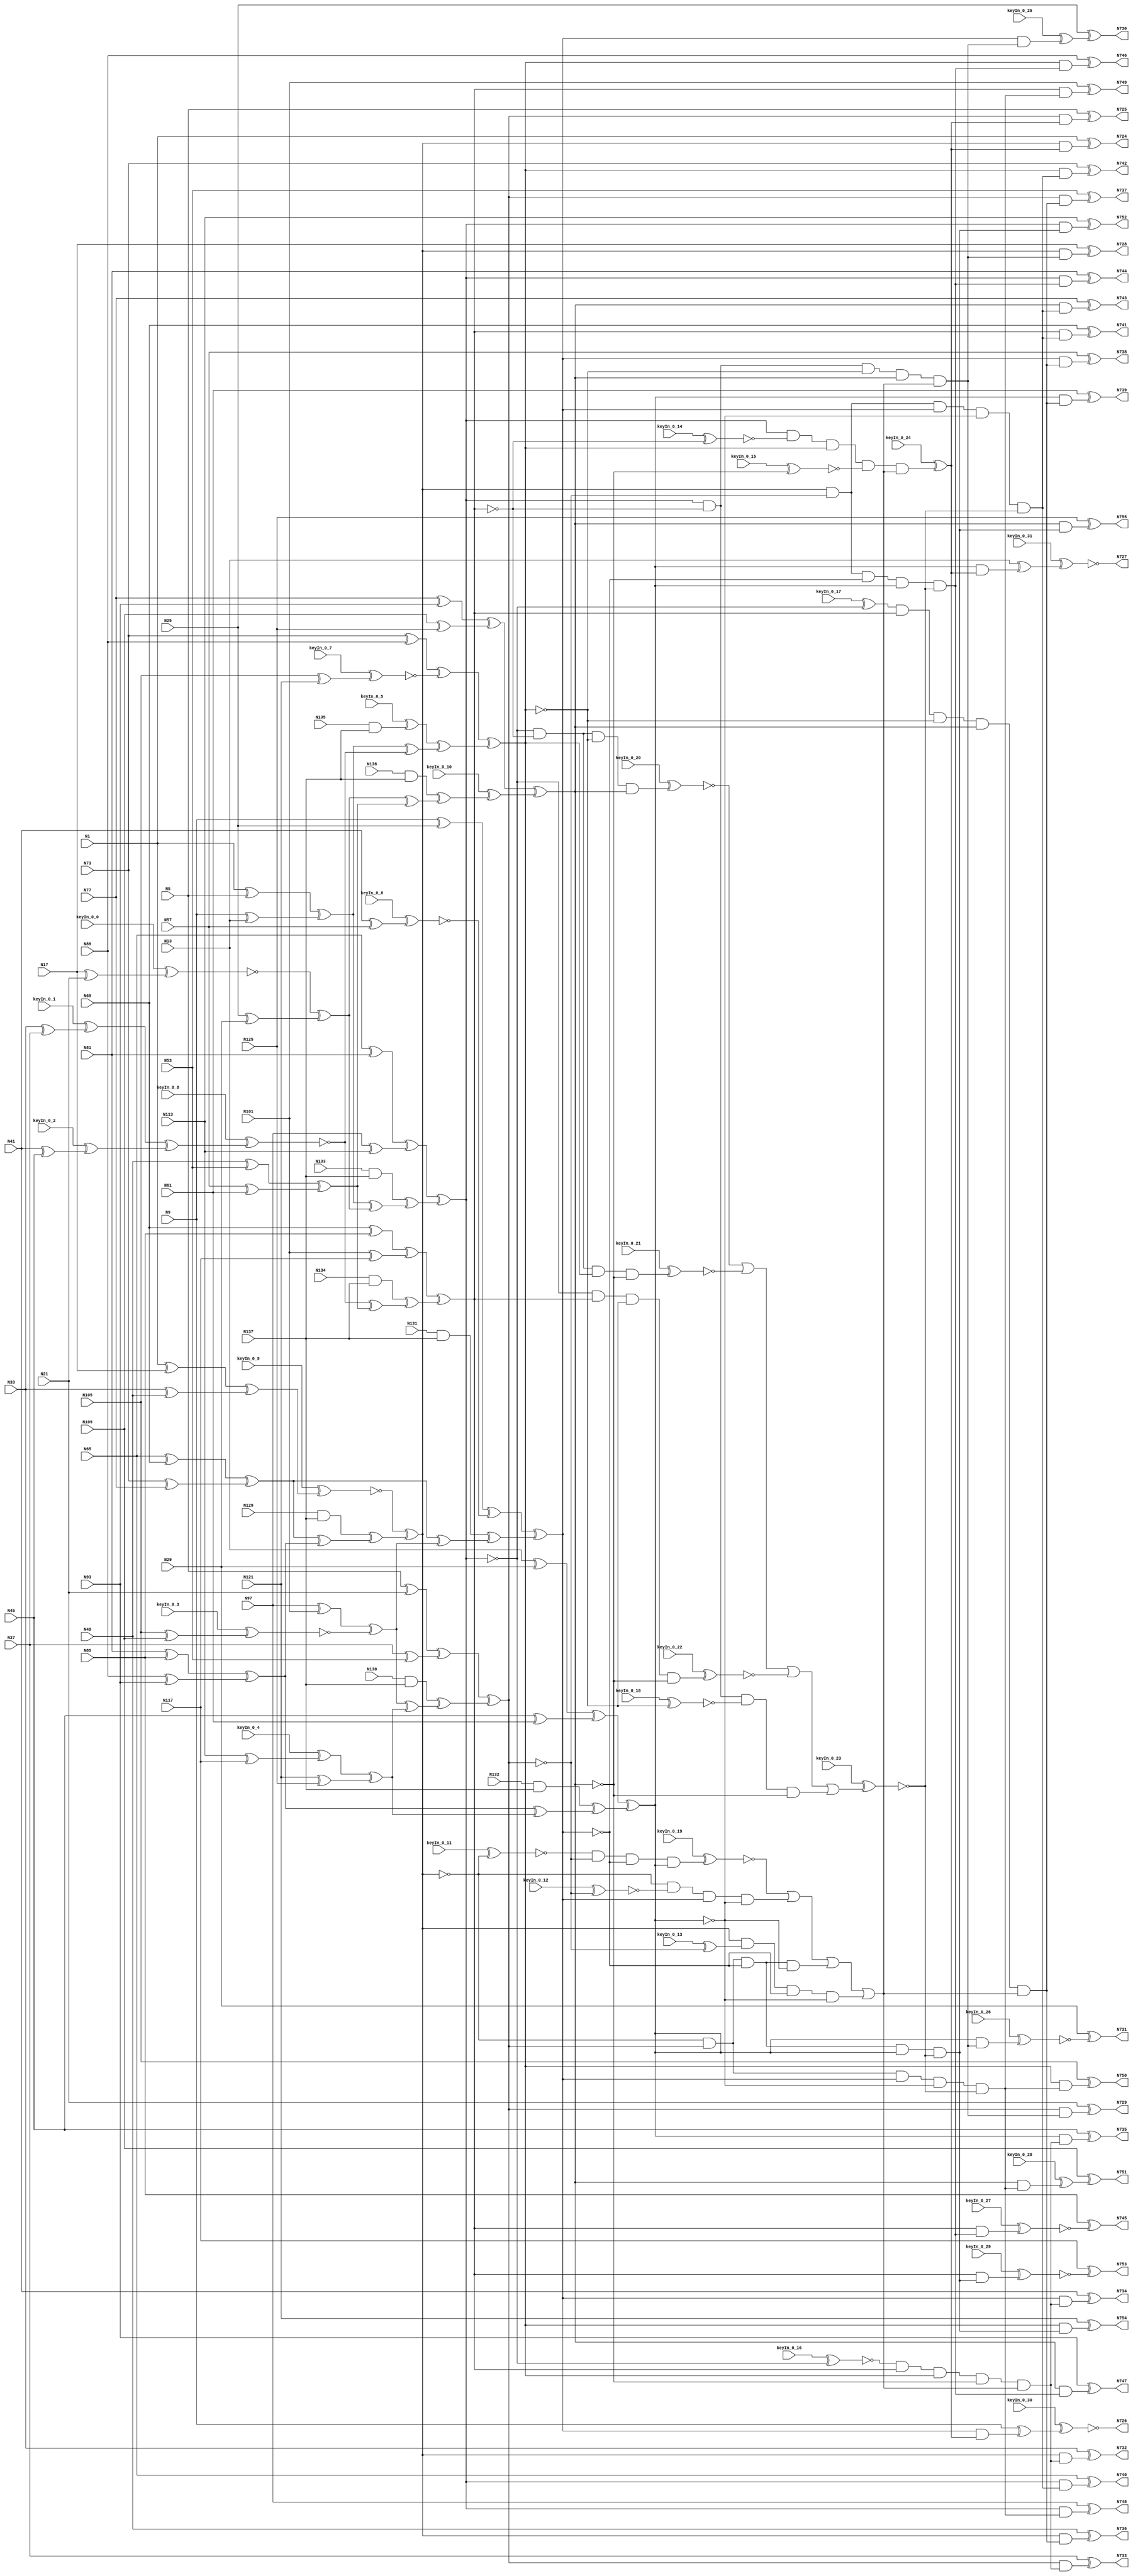
`timescale 1ns / 1ps
// Verilog
// c499
// Ninputs 41
// Noutputs 32
// NtotalGates 202
// XOR2 104
// AND2 40
// NOT1 40
// AND4 8
// OR4 2
// AND5 8

module top (N1,N5,N9,N13,N17,N21,N25,N29,N33,N37,
             N41,N45,N49,N53,N57,N61,N65,N69,N73,N77,
             N81,N85,N89,N93,N97,N101,N105,N109,N113,N117,
             N121,N125,N129,N130,N131,N132,N133,N134,N135,N136,
             N137,N724,N725,N726,N727,N728,N729,N730,N731,N732,
             N733,N734,N735,N736,N737,N738,N739,N740,N741,N742,
             N743,N744,N745,N746,N747,N748,N749,N750,N751,N752,
                  N753,N754,N755,
        keyIn_0_0, keyIn_0_1, keyIn_0_2, keyIn_0_3, keyIn_0_4,
        keyIn_0_5, keyIn_0_6, keyIn_0_7, keyIn_0_8, keyIn_0_9,
        keyIn_0_10, keyIn_0_11, keyIn_0_12, keyIn_0_13, keyIn_0_14,
        keyIn_0_15, keyIn_0_16, keyIn_0_17, keyIn_0_18, keyIn_0_19,
        keyIn_0_20, keyIn_0_21, keyIn_0_22, keyIn_0_23, keyIn_0_24,
        keyIn_0_25, keyIn_0_26, keyIn_0_27, keyIn_0_28, keyIn_0_29,
        keyIn_0_30, keyIn_0_31);

  input keyIn_0_0, keyIn_0_1, keyIn_0_2, keyIn_0_3, keyIn_0_4;
  input keyIn_0_5, keyIn_0_6, keyIn_0_7, keyIn_0_8, keyIn_0_9;
  input keyIn_0_10, keyIn_0_11, keyIn_0_12, keyIn_0_13, keyIn_0_14;
  input keyIn_0_15, keyIn_0_16, keyIn_0_17, keyIn_0_18, keyIn_0_19;
  input keyIn_0_20, keyIn_0_21, keyIn_0_22, keyIn_0_23, keyIn_0_24;
  input keyIn_0_25, keyIn_0_26, keyIn_0_27, keyIn_0_28, keyIn_0_29;
  input keyIn_0_30, keyIn_0_31;

  wire [0:31] KeyWire_0;
  wire [0:21] KeyNOTWire_0;

input N1,N5,N9,N13,N17,N21,N25,N29,N33,N37,
      N41,N45,N49,N53,N57,N61,N65,N69,N73,N77,
      N81,N85,N89,N93,N97,N101,N105,N109,N113,N117,
      N121,N125,N129,N130,N131,N132,N133,N134,N135,N136,
      N137;

output N724,N725,N726,N727,N728,N729,N730,N731,N732,N733,
       N734,N735,N736,N737,N738,N739,N740,N741,N742,N743,
       N744,N745,N746,N747,N748,N749,N750,N751,N752,N753,
       N754,N755;

wire N250,N251,N252,N253,N254,N255,N256,N257,N258,N259,
     N260,N261,N262,N263,N264,N265,N266,N267,N268,N269,
     N270,N271,N272,N273,N274,N275,N276,N277,N278,N279,
     N280,N281,N282,N283,N284,N285,N286,N287,N288,N289,
     N290,N293,N296,N299,N302,N305,N308,N311,N314,N315,
     N316,N317,N318,N319,N320,N321,N338,N339,N340,N341,
     N342,N343,N344,N345,N346,N347,N348,N349,N350,N351,
     N352,N353,N354,N367,N380,N393,N406,N419,N432,N445,
     N554,N555,N556,N557,N558,N559,N560,N561,N562,N563,
     N564,N565,N566,N567,N568,N569,N570,N571,N572,N573,
     N574,N575,N576,N577,N578,N579,N580,N581,N582,N583,
     N584,N585,N586,N587,N588,N589,N590,N591,N592,N593,
     N594,N595,N596,N597,N598,N599,N600,N601,N602,N607,
     N620,N625,N630,N635,N640,N645,N650,N655,N692,N693,
     N694,N695,N696,N697,N698,N699,N700,N701,N702,N703,
     N704,N705,N706,N707,N708,N709,N710,N711,N712,N713,
     N714,N715,N716,N717,N718,N719,N720,N721,N722,N723;

xor XOR2_1 (N250, N1, N5);
xor XOR2_2 (N251, N9, N13);
  xor XOR2_3 (KeyWire_0[0], N17, N21);
  xnor KeyGate_0_0(N252, keyIn_0_0, KeyWire_0[0]);
xor XOR2_4 (N253, N25, N29);
  xor XOR2_5 (KeyWire_0[1], N33, N37);
  xnor KeyGate_0_1(KeyNOTWire_0[0], keyIn_0_1, KeyWire_0[1]);
  not KeyNOTGate_0_0(N254, KeyNOTWire_0[0]);
  xor XOR2_6 (KeyWire_0[2], N41, N45);
  xnor KeyGate_0_2(KeyNOTWire_0[1], keyIn_0_2, KeyWire_0[2]);
  not KeyNOTGate_0_1(N255, KeyNOTWire_0[1]);
xor XOR2_7 (N256, N49, N53);
xor XOR2_8 (N257, N57, N61);
xor XOR2_9 (N258, N65, N69);
xor XOR2_10 (N259, N73, N77);
xor XOR2_11 (N260, N81, N85);
xor XOR2_12 (N261, N89, N93);
xor XOR2_13 (N262, N97, N101);
  xor XOR2_14 (KeyWire_0[3], N105, N109);
  xnor KeyGate_0_3(N263, keyIn_0_3, KeyWire_0[3]);
  xor XOR2_15 (KeyWire_0[4], N113, N117);
  xnor KeyGate_0_4(KeyNOTWire_0[2], keyIn_0_4, KeyWire_0[4]);
  not KeyNOTGate_0_2(N264, KeyNOTWire_0[2]);
xor XOR2_16 (N265, N121, N125);
and AND2_17 (N266, N129, N137);
and AND2_18 (N267, N130, N137);
and AND2_19 (N268, N131, N137);
and AND2_20 (N269, N132, N137);
and AND2_21 (N270, N133, N137);
and AND2_22 (N271, N134, N137);
  and AND2_23 (KeyWire_0[5], N135, N137);
  xnor KeyGate_0_5(KeyNOTWire_0[3], keyIn_0_5, KeyWire_0[5]);
  not KeyNOTGate_0_3(N272, KeyNOTWire_0[3]);
and AND2_24 (N273, N136, N137);
xor XOR2_25 (N274, N1, N17);
xor XOR2_26 (N275, N33, N49);
xor XOR2_27 (N276, N5, N21);
xor XOR2_28 (N277, N37, N53);
xor XOR2_29 (N278, N9, N25);
  xor XOR2_30 (KeyWire_0[6], N41, N57);
  xor KeyGate_0_6(KeyNOTWire_0[4], keyIn_0_6, KeyWire_0[6]);
  not KeyNOTGate_0_4(N279, KeyNOTWire_0[4]);
xor XOR2_31 (N280, N13, N29);
xor XOR2_32 (N281, N45, N61);
xor XOR2_33 (N282, N65, N81);
xor XOR2_34 (N283, N97, N113);
xor XOR2_35 (N284, N69, N85);
xor XOR2_36 (N285, N101, N117);
xor XOR2_37 (N286, N73, N89);
  xor XOR2_38 (KeyWire_0[7], N105, N121);
  xor KeyGate_0_7(KeyNOTWire_0[5], keyIn_0_7, KeyWire_0[7]);
  not KeyNOTGate_0_5(N287, KeyNOTWire_0[5]);
xor XOR2_39 (N288, N77, N93);
xor XOR2_40 (N289, N109, N125);
xor XOR2_41 (N290, N250, N251);
xor XOR2_42 (N293, N252, N253);
  xor XOR2_43 (KeyWire_0[8], N254, N255);
  xor KeyGate_0_8(KeyNOTWire_0[6], keyIn_0_8, KeyWire_0[8]);
  not KeyNOTGate_0_6(N296, KeyNOTWire_0[6]);
xor XOR2_44 (N299, N256, N257);
xor XOR2_45 (N302, N258, N259);
xor XOR2_46 (N305, N260, N261);
xor XOR2_47 (N308, N262, N263);
xor XOR2_48 (N311, N264, N265);
  xor XOR2_49 (KeyWire_0[9], N274, N275);
  xor KeyGate_0_9(KeyNOTWire_0[7], keyIn_0_9, KeyWire_0[9]);
  not KeyNOTGate_0_7(N314, KeyNOTWire_0[7]);
xor XOR2_50 (N315, N276, N277);
xor XOR2_51 (N316, N278, N279);
xor XOR2_52 (N317, N280, N281);
xor XOR2_53 (N318, N282, N283);
xor XOR2_54 (N319, N284, N285);
xor XOR2_55 (N320, N286, N287);
xor XOR2_56 (N321, N288, N289);
xor XOR2_57 (N338, N290, N293);
xor XOR2_58 (N339, N296, N299);
xor XOR2_59 (N340, N290, N296);
xor XOR2_60 (N341, N293, N299);
xor XOR2_61 (N342, N302, N305);
xor XOR2_62 (N343, N308, N311);
xor XOR2_63 (N344, N302, N308);
xor XOR2_64 (N345, N305, N311);
xor XOR2_65 (N346, N266, N342);
xor XOR2_66 (N347, N267, N343);
xor XOR2_67 (N348, N268, N344);
xor XOR2_68 (N349, N269, N345);
xor XOR2_69 (N350, N270, N338);
xor XOR2_70 (N351, N271, N339);
xor XOR2_71 (N352, N272, N340);
  xor XOR2_72 (KeyWire_0[10], N273, N341);
  xor KeyGate_0_10(N353, keyIn_0_10, KeyWire_0[10]);
xor XOR2_73 (N354, N314, N346);
xor XOR2_74 (N367, N315, N347);
xor XOR2_75 (N380, N316, N348);
xor XOR2_76 (N393, N317, N349);
xor XOR2_77 (N406, N318, N350);
xor XOR2_78 (N419, N319, N351);
xor XOR2_79 (N432, N320, N352);
xor XOR2_80 (N445, N321, N353);
  not NOT1_81 (KeyWire_0[11], N354);
  xor KeyGate_0_11(KeyNOTWire_0[8], keyIn_0_11, KeyWire_0[11]);
  not KeyNOTGate_0_8(N554, KeyNOTWire_0[8]);
not NOT1_82 (N555, N367);
not NOT1_83 (N556, N380);
not NOT1_84 (N557, N354);
  not NOT1_85 (KeyWire_0[12], N367);
  xnor KeyGate_0_12(N558, keyIn_0_12, KeyWire_0[12]);
not NOT1_86 (N559, N393);
not NOT1_87 (N560, N354);
not NOT1_88 (N561, N380);
not NOT1_89 (N562, N393);
  not NOT1_90 (KeyWire_0[13], N367);
  xor KeyGate_0_13(N563, keyIn_0_13, KeyWire_0[13]);
not NOT1_91 (N564, N380);
not NOT1_92 (N565, N393);
  not NOT1_93 (KeyWire_0[14], N419);
  xor KeyGate_0_14(KeyNOTWire_0[9], keyIn_0_14, KeyWire_0[14]);
  not KeyNOTGate_0_9(N566, KeyNOTWire_0[9]);
  not NOT1_94 (KeyWire_0[15], N445);
  xnor KeyGate_0_15(N567, keyIn_0_15, KeyWire_0[15]);
not NOT1_95 (N568, N419);
not NOT1_96 (N569, N432);
  not NOT1_97 (KeyWire_0[16], N406);
  xnor KeyGate_0_16(N570, keyIn_0_16, KeyWire_0[16]);
not NOT1_98 (N571, N445);
  not NOT1_99 (KeyWire_0[17], N406);
  xnor KeyGate_0_17(KeyNOTWire_0[10], keyIn_0_17, KeyWire_0[17]);
  not KeyNOTGate_0_10(N572, KeyNOTWire_0[10]);
not NOT1_100 (N573, N432);
not NOT1_101 (N574, N406);
not NOT1_102 (N575, N419);
not NOT1_103 (N576, N432);
not NOT1_104 (N577, N406);
not NOT1_105 (N578, N419);
not NOT1_106 (N579, N445);
not NOT1_107 (N580, N406);
not NOT1_108 (N581, N432);
not NOT1_109 (N582, N445);
not NOT1_110 (N583, N419);
  not NOT1_111 (KeyWire_0[18], N432);
  xor KeyGate_0_18(KeyNOTWire_0[11], keyIn_0_18, KeyWire_0[18]);
  not KeyNOTGate_0_11(N584, KeyNOTWire_0[11]);
not NOT1_112 (N585, N445);
not NOT1_113 (N586, N367);
not NOT1_114 (N587, N393);
not NOT1_115 (N588, N367);
not NOT1_116 (N589, N380);
not NOT1_117 (N590, N354);
not NOT1_118 (N591, N393);
not NOT1_119 (N592, N354);
not NOT1_120 (N593, N380);
  and AND4_121 (KeyWire_0[19], N554, N555, N556, N393);
  xor KeyGate_0_19(KeyNOTWire_0[12], keyIn_0_19, KeyWire_0[19]);
  not KeyNOTGate_0_12(N594, KeyNOTWire_0[12]);
and AND4_122 (N595, N557, N558, N380, N559);
and AND4_123 (N596, N560, N367, N561, N562);
and AND4_124 (N597, N354, N563, N564, N565);
  and AND4_125 (KeyWire_0[20], N574, N575, N576, N445);
  xor KeyGate_0_20(KeyNOTWire_0[13], keyIn_0_20, KeyWire_0[20]);
  not KeyNOTGate_0_13(N598, KeyNOTWire_0[13]);
  and AND4_126 (KeyWire_0[21], N577, N578, N432, N579);
  xor KeyGate_0_21(KeyNOTWire_0[14], keyIn_0_21, KeyWire_0[21]);
  not KeyNOTGate_0_14(N599, KeyNOTWire_0[14]);
  and AND4_127 (KeyWire_0[22], N580, N419, N581, N582);
  xor KeyGate_0_22(KeyNOTWire_0[15], keyIn_0_22, KeyWire_0[22]);
  not KeyNOTGate_0_15(N600, KeyNOTWire_0[15]);
and AND4_128 (N601, N406, N583, N584, N585);
or OR4_129 (N602, N594, N595, N596, N597);
  or OR4_130 (KeyWire_0[23], N598, N599, N600, N601);
  xor KeyGate_0_23(KeyNOTWire_0[16], keyIn_0_23, KeyWire_0[23]);
  not KeyNOTGate_0_16(N607, KeyNOTWire_0[16]);
  and AND5_131 (KeyWire_0[24], N406, N566, N432, N567, N602);
  xnor KeyGate_0_24(KeyNOTWire_0[17], keyIn_0_24, KeyWire_0[24]);
  not KeyNOTGate_0_17(N620, KeyNOTWire_0[17]);
and AND5_132 (N625, N406, N568, N569, N445, N602);
and AND5_133 (N630, N570, N419, N432, N571, N602);
and AND5_134 (N635, N572, N419, N573, N445, N602);
and AND5_135 (N640, N354, N586, N380, N587, N607);
and AND5_136 (N645, N354, N588, N589, N393, N607);
and AND5_137 (N650, N590, N367, N380, N591, N607);
and AND5_138 (N655, N592, N367, N593, N393, N607);
and AND2_139 (N692, N354, N620);
and AND2_140 (N693, N367, N620);
and AND2_141 (N694, N380, N620);
and AND2_142 (N695, N393, N620);
and AND2_143 (N696, N354, N625);
and AND2_144 (N697, N367, N625);
  and AND2_145 (KeyWire_0[25], N380, N625);
  xnor KeyGate_0_25(KeyNOTWire_0[18], keyIn_0_25, KeyWire_0[25]);
  not KeyNOTGate_0_18(N698, KeyNOTWire_0[18]);
  and AND2_146 (KeyWire_0[26], N393, N625);
  xor KeyGate_0_26(KeyNOTWire_0[19], keyIn_0_26, KeyWire_0[26]);
  not KeyNOTGate_0_19(N699, KeyNOTWire_0[19]);
and AND2_147 (N700, N354, N630);
and AND2_148 (N701, N367, N630);
and AND2_149 (N702, N380, N630);
and AND2_150 (N703, N393, N630);
and AND2_151 (N704, N354, N635);
and AND2_152 (N705, N367, N635);
and AND2_153 (N706, N380, N635);
and AND2_154 (N707, N393, N635);
and AND2_155 (N708, N406, N640);
and AND2_156 (N709, N419, N640);
and AND2_157 (N710, N432, N640);
and AND2_158 (N711, N445, N640);
and AND2_159 (N712, N406, N645);
  and AND2_160 (KeyWire_0[27], N419, N645);
  xnor KeyGate_0_27(N713, keyIn_0_27, KeyWire_0[27]);
and AND2_161 (N714, N432, N645);
and AND2_162 (N715, N445, N645);
and AND2_163 (N716, N406, N650);
and AND2_164 (N717, N419, N650);
and AND2_165 (N718, N432, N650);
  and AND2_166 (KeyWire_0[28], N445, N650);
  xor KeyGate_0_28(N719, keyIn_0_28, KeyWire_0[28]);
and AND2_167 (N720, N406, N655);
  and AND2_168 (KeyWire_0[29], N419, N655);
  xor KeyGate_0_29(KeyNOTWire_0[20], keyIn_0_29, KeyWire_0[29]);
  not KeyNOTGate_0_20(N721, KeyNOTWire_0[20]);
and AND2_169 (N722, N432, N655);
and AND2_170 (N723, N445, N655);
xor XOR2_171 (N724, N1, N692);
xor XOR2_172 (N725, N5, N693);
  xor XOR2_173 (KeyWire_0[30], N9, N694);
  xor KeyGate_0_30(KeyNOTWire_0[21], keyIn_0_30, KeyWire_0[30]);
  not KeyNOTGate_0_21(N726, KeyNOTWire_0[21]);
  xor XOR2_174 (KeyWire_0[31], N13, N695);
  xnor KeyGate_0_31(N727, keyIn_0_31, KeyWire_0[31]);
xor XOR2_175 (N728, N17, N696);
xor XOR2_176 (N729, N21, N697);
xor XOR2_177 (N730, N25, N698);
xor XOR2_178 (N731, N29, N699);
xor XOR2_179 (N732, N33, N700);
xor XOR2_180 (N733, N37, N701);
xor XOR2_181 (N734, N41, N702);
xor XOR2_182 (N735, N45, N703);
xor XOR2_183 (N736, N49, N704);
xor XOR2_184 (N737, N53, N705);
xor XOR2_185 (N738, N57, N706);
xor XOR2_186 (N739, N61, N707);
xor XOR2_187 (N740, N65, N708);
xor XOR2_188 (N741, N69, N709);
xor XOR2_189 (N742, N73, N710);
xor XOR2_190 (N743, N77, N711);
xor XOR2_191 (N744, N81, N712);
xor XOR2_192 (N745, N85, N713);
xor XOR2_193 (N746, N89, N714);
xor XOR2_194 (N747, N93, N715);
xor XOR2_195 (N748, N97, N716);
xor XOR2_196 (N749, N101, N717);
xor XOR2_197 (N750, N105, N718);
xor XOR2_198 (N751, N109, N719);
xor XOR2_199 (N752, N113, N720);
xor XOR2_200 (N753, N117, N721);
xor XOR2_201 (N754, N121, N722);
xor XOR2_202 (N755, N125, N723);

endmodule